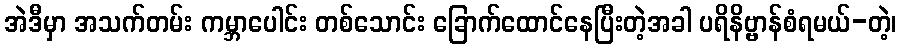
အဲဒီမှာ အသက်တမ်း ကမ္ဘာပေါင်း တစ်သောင်း ခြောက်ထောင်နေပြီးတဲ့အခါ ပရိနိဗ္ဗာန်စံရမယ်-တဲ့၊